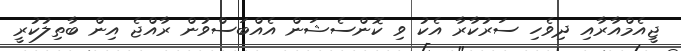
ޖީއެމްއާރާއި ދިވެހި ސަރުކާރާ އެކު ވި ކޮންސެޝަން އެއްބަސްވުން ރާއްޖެ އިން ބާތިލުކުރީ